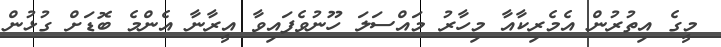
މީގެ އިތުރުން އެމެރިކާއާ މިހާރު މައްސަލަ ހޫނުވެފައިވާ އީރާނާ އެންމެ ބޮޑަށް ގުޅުން